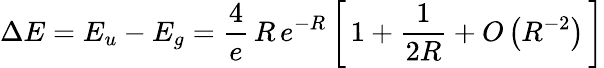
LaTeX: \Delta E=E_{u}-E_{g}={\frac{4}{e}}\, R\, e^{-R}\left[\, 1+{\frac{1}{2R}}+O\left(R^{-2}\right)\, \right]